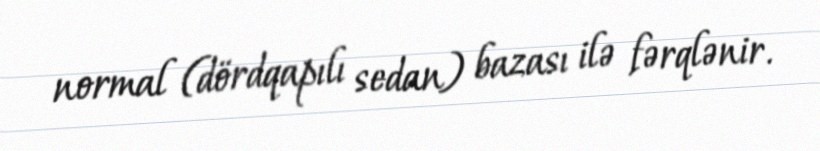
normal (dördqapılı sedan) bazası ilə fərqlənir.